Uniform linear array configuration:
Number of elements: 32
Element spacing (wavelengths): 1
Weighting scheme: exponential
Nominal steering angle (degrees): -30
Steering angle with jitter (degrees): -28.292
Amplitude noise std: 0.05
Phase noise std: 0.05

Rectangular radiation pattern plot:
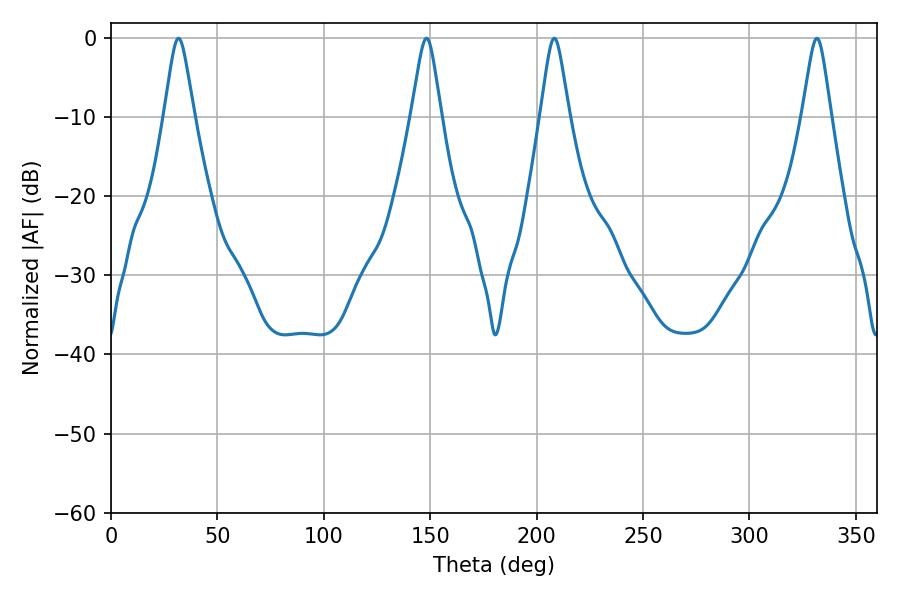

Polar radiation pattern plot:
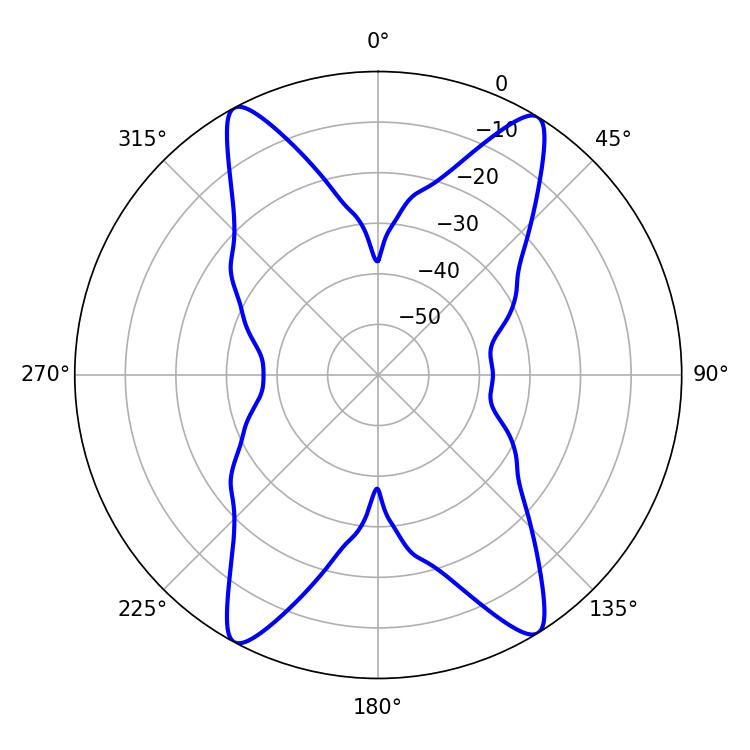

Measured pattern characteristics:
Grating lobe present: TRUE
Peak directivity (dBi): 20.462
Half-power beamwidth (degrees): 6.3
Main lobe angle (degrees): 208.26